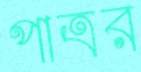
পাত্রর